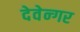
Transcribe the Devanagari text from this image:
देवेन्गर